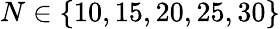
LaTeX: N\in\{ 10,15,20,25,30\}